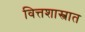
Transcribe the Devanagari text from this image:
वित्तशास्त्रात